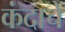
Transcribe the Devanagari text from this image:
कंदाचे